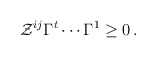
\begin{align*}\mathcal{Z}^{ij}\Gamma ^t \cdots \Gamma ^1 \geq 0\,. \end{align*}